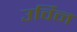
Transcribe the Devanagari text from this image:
उर्विन